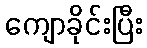
ကျောခိုင်းပြီး